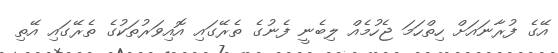
އޭގެ ފުރާނައަށް ހިތްހަމަ ޖެހުމެއް ލިބެނީ ފެނުގެ ތެރޭގައި އޮއިވަރުތަކުގެ ތެރޭގައި އޭތި